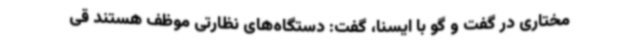
مختاری در گفت و گو با ایسنا، گفت: دستگاه‌های نظارتی موظف هستند قی